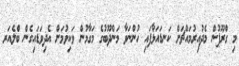
މި ގްރޫޕުން މެދުއިރުމައްޗަށް ކަނޑައަޅާފައި ހުންނަވާ މަންދޫބުގެ މަގާމުން ވަކިވުމަށް އެދިވަޑައިގެން ބްލެއަރ